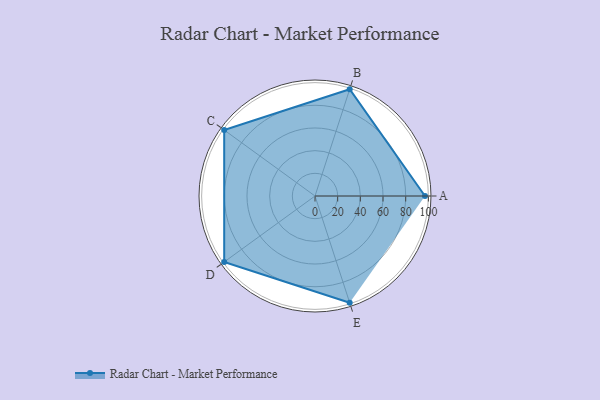
{"axis": {"x": "Skill", "y": "Score"}, "legend": ["Profile"], "data": [{"x": "A", "y": 97.0, "type": "Profile"}, {"x": "B", "y": 99, "type": "Profile"}, {"x": "C", "y": 99, "type": "Profile"}, {"x": "D", "y": 99, "type": "Profile"}, {"x": "E", "y": 99, "type": "Profile"}]}